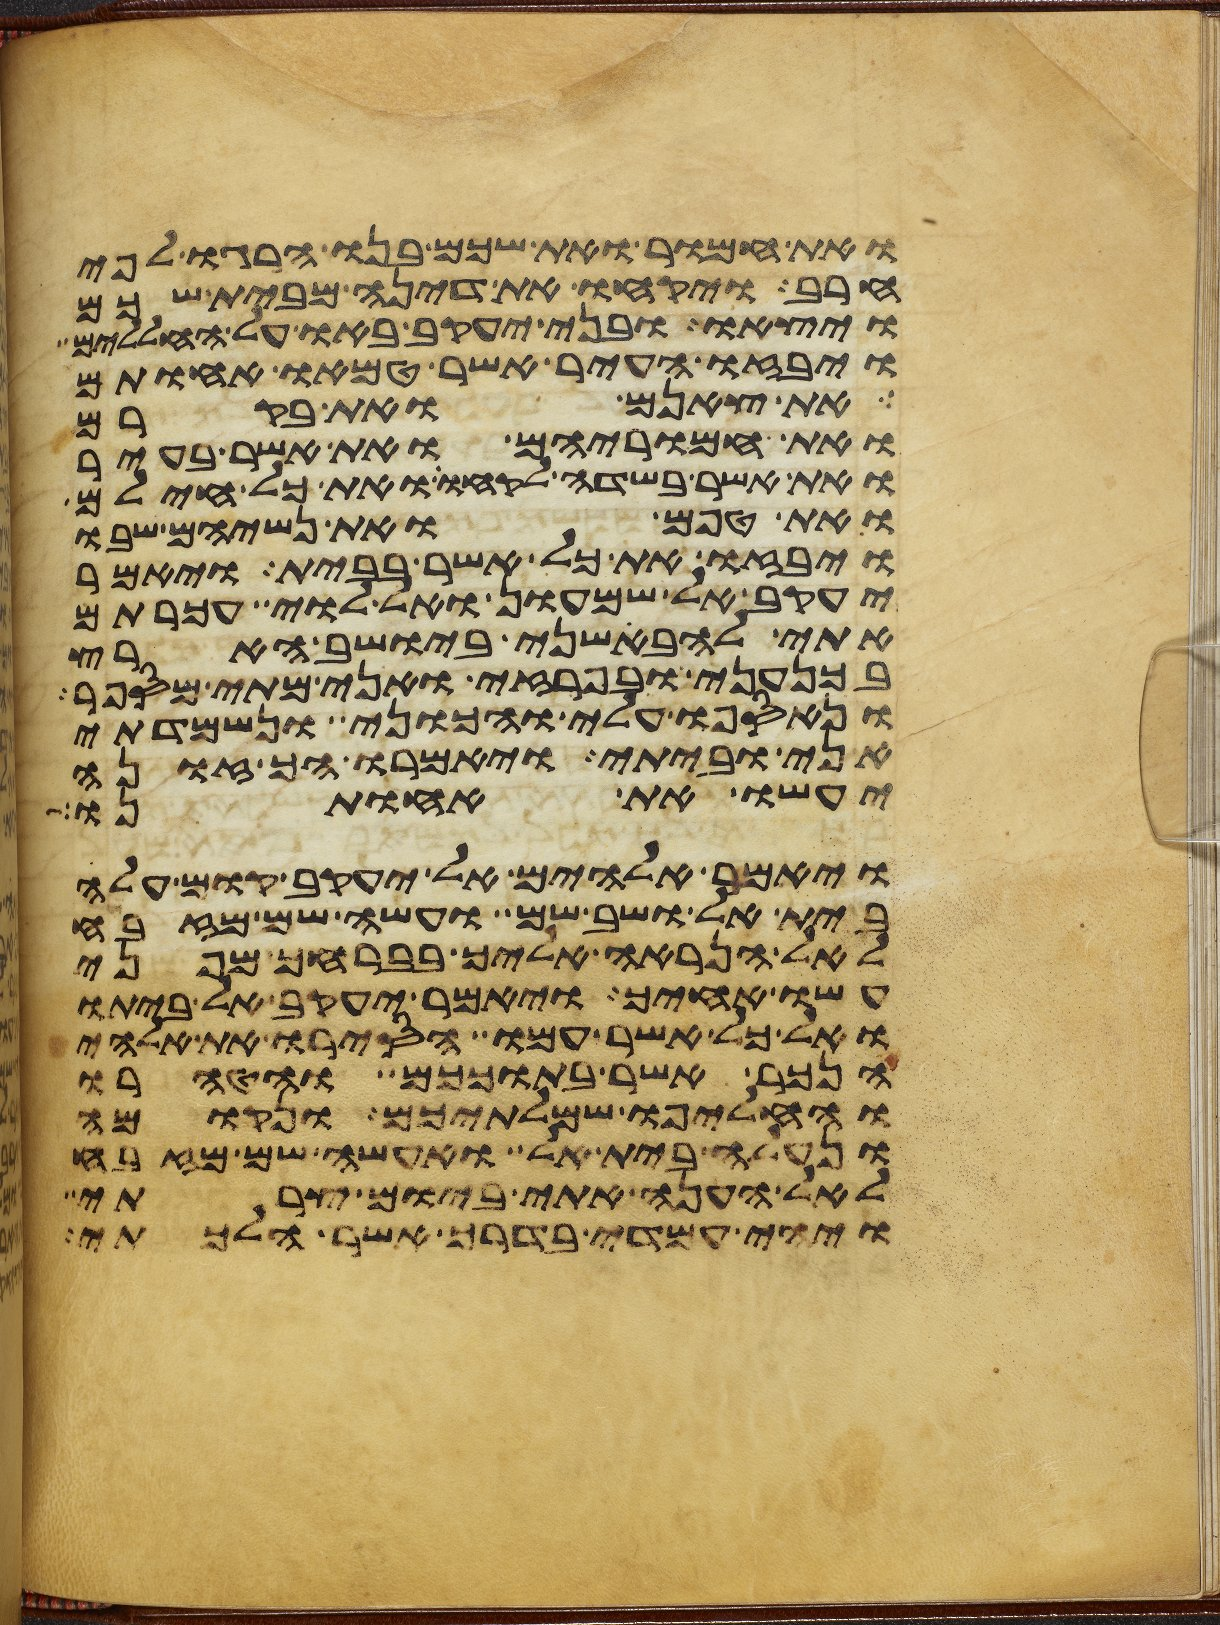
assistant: ואת חמור ואת שכם בנו הרגו לפי
חרב ויקחו את דינה מבית שכם
ויצאו ובני יעקב באו על החללים
ויבזו העיר אשר טמאו אחותם
את צאנם ואת בקרם
ואת חמריהם ואת אשר בעיר
ואת אשר בשדה לקחו ואת כל חילם
ואת טפם ואת נשיהם שבו
ויבזו את כל אשר בבית ויאמר
יעקב אל שמעון ואל לוי עכרתם
אתי להבאשני ביושב הארץ
בכנעני ובפרזי ואני מתי מספר
ונאספו עלי והכוני ונשמדתי
אני וביתי ויאמרו הך זונה
יעשו את אחותנו
ויאמר אלהים אל יעקב קום עלה
בית אל ושב שם ועשה שם מזבח
לאל הנראה אליך בברחך מפני
עשו אחיך ויאמר יעקב אל ביתו
ואל כל אשר עמו הסירו את אלהי
הנכר אשר בתוככם והטהרו
והחליפו שמלתיכם ונקומה
ונעלה בית אל ואעשה שם מזבח
לאל הענה אתי ביום צרתי
ויהי עמדי בדרך אשר הלכתי